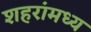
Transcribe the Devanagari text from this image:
शहरांमध्य